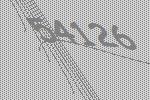
54126